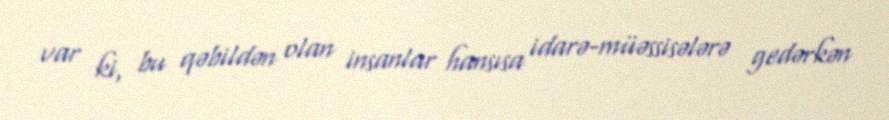
var ki, bu qəbildən olan insanlar hansısa idarə-müəssisələrə gedərkən